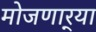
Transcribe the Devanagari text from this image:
मोजणार्‍या